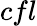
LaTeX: cfl